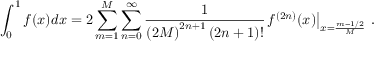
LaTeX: \int _ { 0 } ^ { 1 } { f ( x ) d x } = 2 \sum _ { m = 1 } ^ { M } { \sum _ { n = 0 } ^ { \infty } { { \frac { 1 } { { { \left( { 2 M } \right) } ^ { 2 n + 1 } } \left( { 2 n + 1 } \right) ! } } { { \left. { { f ^ { ( 2 n ) } } ( x ) } \right| } _ { x = { \frac { m - 1 / 2 } { M } } } } } } \, \, .